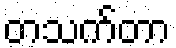
တသက်တာ